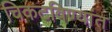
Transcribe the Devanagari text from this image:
चिकटविण्यांत